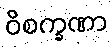
ဝိစက္ခဏာ